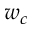
w _ { c }